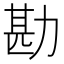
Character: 勘